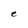
Character: e